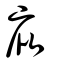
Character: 庇